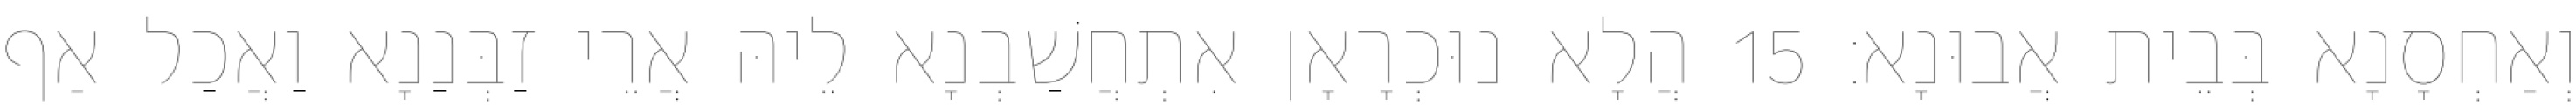
וְאַחְסָנָא בְּבֵית אֲבוּנָא׃ 15 הֲלָא נוּכְרָאָן אִתְחֲשַׁבְנָא לֵיהּ אֲרֵי זַבְּנַנָא וַאֲכַל אַף